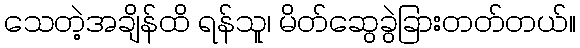
သေတဲ့အချိန်ထိ ရန်သူ၊ မိတ်ဆွေခွဲခြားတတ်တယ်။